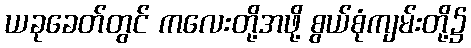
ယခုခေတ်တွင် ကလေးတို့အဖို့ စွယ်စုံကျမ်းတို့၌